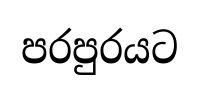
පරපුරයට